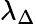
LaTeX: \lambda_{\Delta}